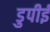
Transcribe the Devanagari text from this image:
डुपीई